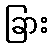
ခြား